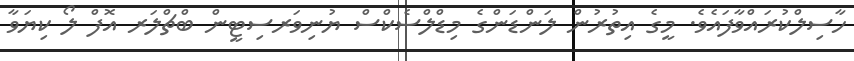
ހާސިލްކުރައްވާފައެވެ. މީގެ އިތުރުން ލަންޑަންގެ މިޑްލްސެކްސް ޔުނިވަރސިޓީން ބްޗްލަރ އޮފް ލޯ ކިޔަވާ